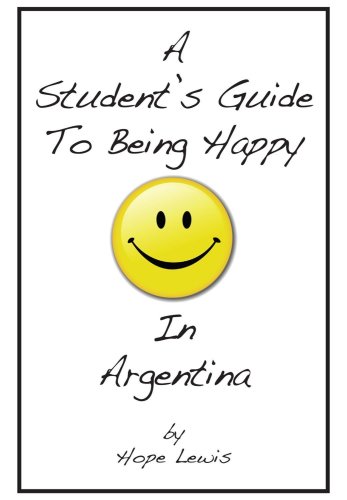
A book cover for Student's Guide to Being Happy in Argentina, A; Hope Lewis; Travel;